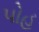
પોહ